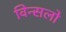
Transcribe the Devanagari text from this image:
विन्सलो